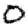
Digit: 0